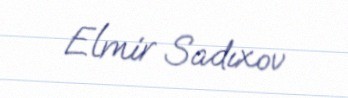
Elmir Sadıxov